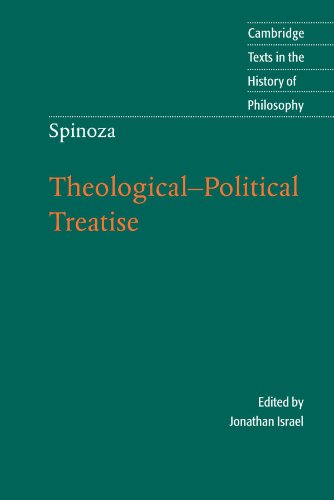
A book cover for Spinoza: Theological-Political Treatise (Cambridge Texts in the History of Philosophy); Politics & Social Sciences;